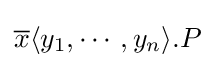
{\overline {x}}\langle y_{1},\cdots ,y_{n}\rangle .P